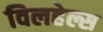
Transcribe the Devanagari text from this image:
विलहेल्स